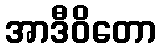
အာဒီဝိတော